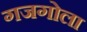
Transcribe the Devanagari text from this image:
गजगोला